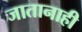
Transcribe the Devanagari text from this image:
जातानाही